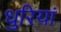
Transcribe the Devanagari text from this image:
धुरियां